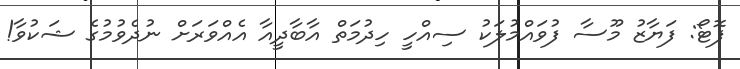
ފޮޓޯ: ފަޔާޒު މޫސާ ފުވައްމުލަކު ސިއްހީ ހިދުމަތް އާބާދީއާ އެއްވަރަށް ނުދެވުމުގެ ޝަކުވާ!